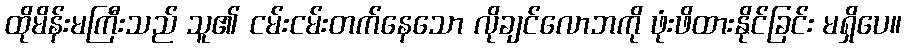
ထိုမိန်းမကြီးသည် သူ၏ ငမ်းငမ်းတက်နေသော လိုချင်လောဘကို ဖုံးဖိထားနိုင်ခြင်း မရှိပေ။